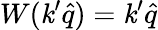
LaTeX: W(\mathit{k}^{\prime}\hat{{q}})=\mathit{k}^{\prime}\hat{{q}}